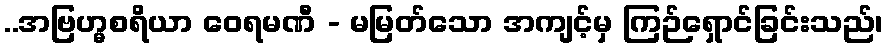
..အဗြဟ္မစရိယာ ဝေရမဏီ - မမြတ်သော အကျင့်မှ ကြဉ်ရှောင်ခြင်းသည်၊